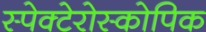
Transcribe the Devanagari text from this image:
स्पेक्टेरोस्कोपिक